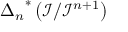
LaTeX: { \Delta _ { n } } ^ { * } \left( { \mathcal { I } } / { \mathcal { I } } ^ { n + 1 } \right)